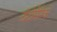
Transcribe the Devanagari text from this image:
टॉटोमैरिक